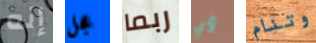
إنه عجل ربما لأي وتنام